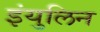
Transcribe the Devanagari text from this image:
इंयुलिन